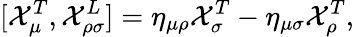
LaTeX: [{\cal X}_{\mu}^{T},{\cal X}_{\rho\sigma}^{L}]=\eta_{\mu\rho}{\cal X}_{\sigma}^{T}-\eta_{\mu\sigma}{\cal X}_{\rho}^{T},